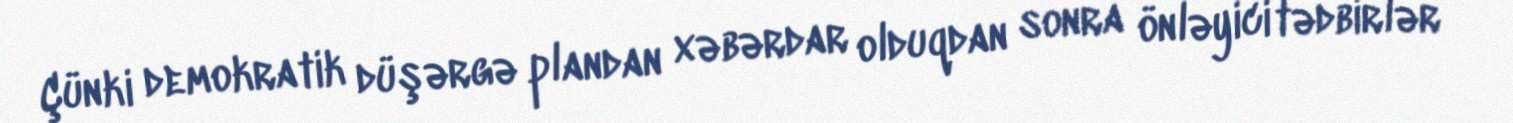
Çünki demokratik düşərgə plandan xəbərdar olduqdan sonra önləyici tədbirlər